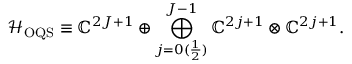
\mathcal { H } _ { \mathrm { O Q S } } \equiv \mathbb { C } ^ { 2 J + 1 } \oplus \bigoplus _ { j = 0 ( \frac { 1 } { 2 } ) } ^ { J - 1 } \mathbb { C } ^ { 2 j + 1 } \otimes \mathbb { C } ^ { 2 j + 1 } .